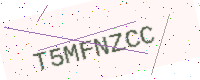
Text: T5MFNZCC